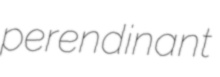
perendinant